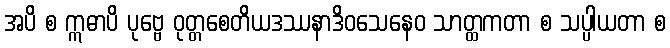
အပိ စ ဣဓာပိ ပုဗ္ဗေ ဝုတ္တစေတိယဒဿနာဒိဝသေနေဝ သာတ္ထကတာ စ သပ္ပါယတာ စ